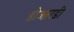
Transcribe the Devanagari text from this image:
डीआरडी